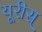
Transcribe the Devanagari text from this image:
यूरीस्